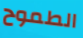
الطموح